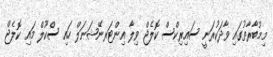
މިމުބާރާތުގައި ވާދަކުރަނީ ސައިރިކްސް ކޮލެޖް ވިލާ އިންޓަރނޭޝަނަލް ހައި ސްކޫލް މައި ކޮލެޖް